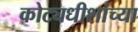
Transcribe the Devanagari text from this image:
कोट्यधीशांच्या